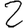
Digit: 2